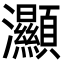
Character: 灦